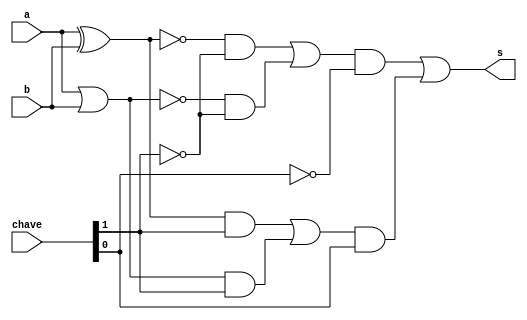
// -------------------------
// Exemplo0034 - F4 Utilizando Chave
// Nome: Fbio Fiuza Pereira
// -------------------------
// -------------------------
// f4_gate
// -------------------------


module f4 (output s, input a,input b, input [1:0]chave);

wire s1, s2, s3, s4, s5, s6, s7, s8, s9, s10, s11, s12;

//portas nativas(2 entradas)
xor xor1(s1, a, b);
or  or1 (s2, a, b);
xnor xnor1(s3, a, b);
nor  nor1 (s4, a, b);


//portas nativas utilizando chaves
and and2(s5, s1, chave[1]);
and and3(s6, s2, chave[1]);
and and4(s7, s3, ~chave[1]);
and and5(s8, s4, ~chave[1]);

or  or2 (s9, s5, s6);
or  or3 (s10, s7, s8);

and and6(s11, s9, chave[0]);
and and7(s12, s10, ~chave[0]);

or  or4 (s, s12, s11);


endmodule // f4
module test_f4;
// ------------------------- definir dados
reg x;
reg y;
reg [1:0]chave;
wire s;
f4 modulo (s, x, y, chave[1:0]);
// ------------------------- parte principal
initial begin
$display("Exemplo0034 - Fbio Fiuza Pereira - 406087");
$display("Test LU");

x = 0; y = 0; chave = 2'b00;

$monitor("x = %1b -- y = %1b chave1 = %2b Resultado = %1b",x,y,chave, s );

#1x = 0; y = 1; chave = 2'b00;
#1x = 1; y = 0; chave = 2'b00;
#1x = 1; y = 1; chave = 2'b00;

#1x = 0; y = 0; chave = 2'b01;
$display("\n");
#1x = 0; y = 1; chave = 2'b01;
#1x = 1; y = 0; chave = 2'b01;
#1x = 1; y = 1; chave = 2'b01;

#1x = 0; y = 0; chave = 2'b10;
$display("\n");
#1x = 0; y = 1; chave = 2'b10;
#1x = 1; y = 0; chave = 2'b10;
#1x = 1; y = 1; chave = 2'b10;

#1x = 0; y = 0; chave = 2'b11;
$display("\n");
#1x = 0; y = 1; chave = 2'b11;
#1x = 1; y = 0; chave = 2'b11;
#1x = 1; y = 1; chave = 2'b11;


end
endmodule // test_f4